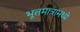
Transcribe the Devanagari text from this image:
भूतमात्रामध्ये